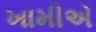
ખામીએ